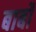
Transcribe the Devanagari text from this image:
बार्बो